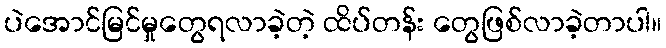
ပဲအောင်မြင်မှုတွေရလာခဲ့တဲ့ ထိပ်တန်း တွေဖြစ်လာခဲ့တာပါ။